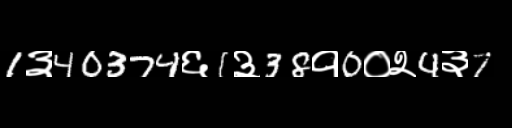
Text: 1३40374६1३38१0०२4३7